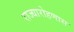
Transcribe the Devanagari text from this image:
राज्यारोहणास